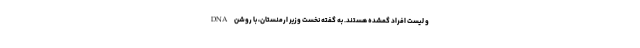
DNA و لیست افراد گمشده هستند. به گفته نخست وزیر ارمنستان، با روشن